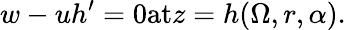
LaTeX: w-uh^{\prime}=0\textrm{at}z=h(\Omega,r,\alpha).